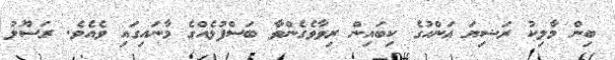
ބިން މާލިކު ރަޟިޔަ ޢަންހުގެ ކިބައިން ރިވާވެގެންވާ ބަސްފުޅެއްގެ މާނައިގައި ވެއެވެ. ރަސޫލު